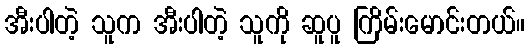
အီးပါတဲ့ သူက အီးပါတဲ့ သူကို ဆူပူ ကြိမ်းမောင်းတယ်။